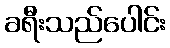
ခရီးသည်ပေါင်း